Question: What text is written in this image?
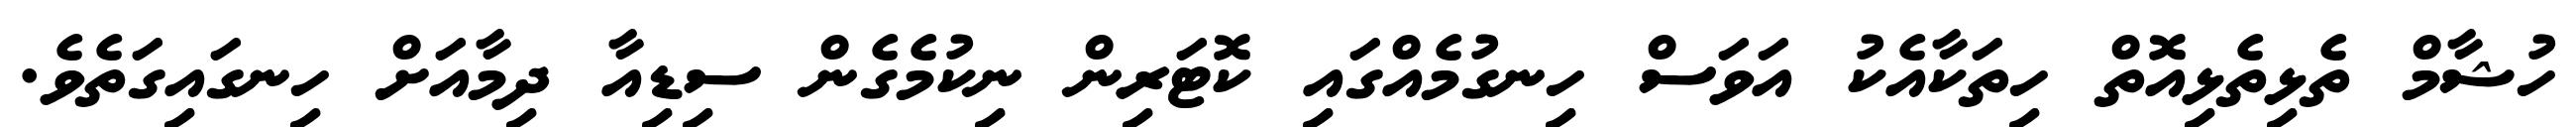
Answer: ހުޝާމް ތެޅިތެޅިއޮތް ހިތަކާއެކު އަވަސް ހިނގުމެއްގައި ކޮޓަރިން ނިކުމެގެން ސިޑިއާ ދިމާއަށް ހިނގައިގަތެވެ.